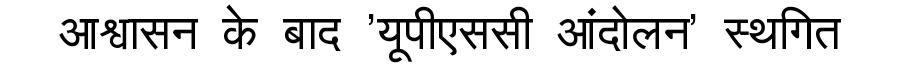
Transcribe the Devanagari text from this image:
आश्वासन के बाद 'यूपीएससी आंदोलन' स्थगित